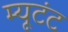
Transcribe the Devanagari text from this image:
म्यूटंट